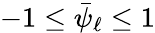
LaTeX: -1\le\bar{\psi}_{\ell}\le 1